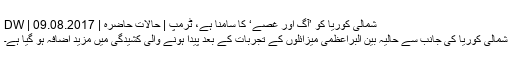
شمالی کوريا کو ’آگ اور غصے‘ کا سامنا ہے، ٹرمپ | حالات حاضرہ | DW | 09.08.2017
شمالی کوریا کی جانب سے حالیہ بین البراعظمی میزائلوں کے تجربات کے بعد پیدا ہونے والی کشیدگی میں مزید اضافہ ہو گیا ہے۔